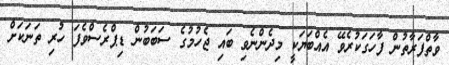
ވާތްފަރާތުން ފާހަގަކުރެވޭ އެއްބަޔަކީ މިދެންނެވި ބައި ޖެހުމުގެ ސަބަބުން ޑިޕްރެސްވެފަ ހުރި ތަނަކަށް